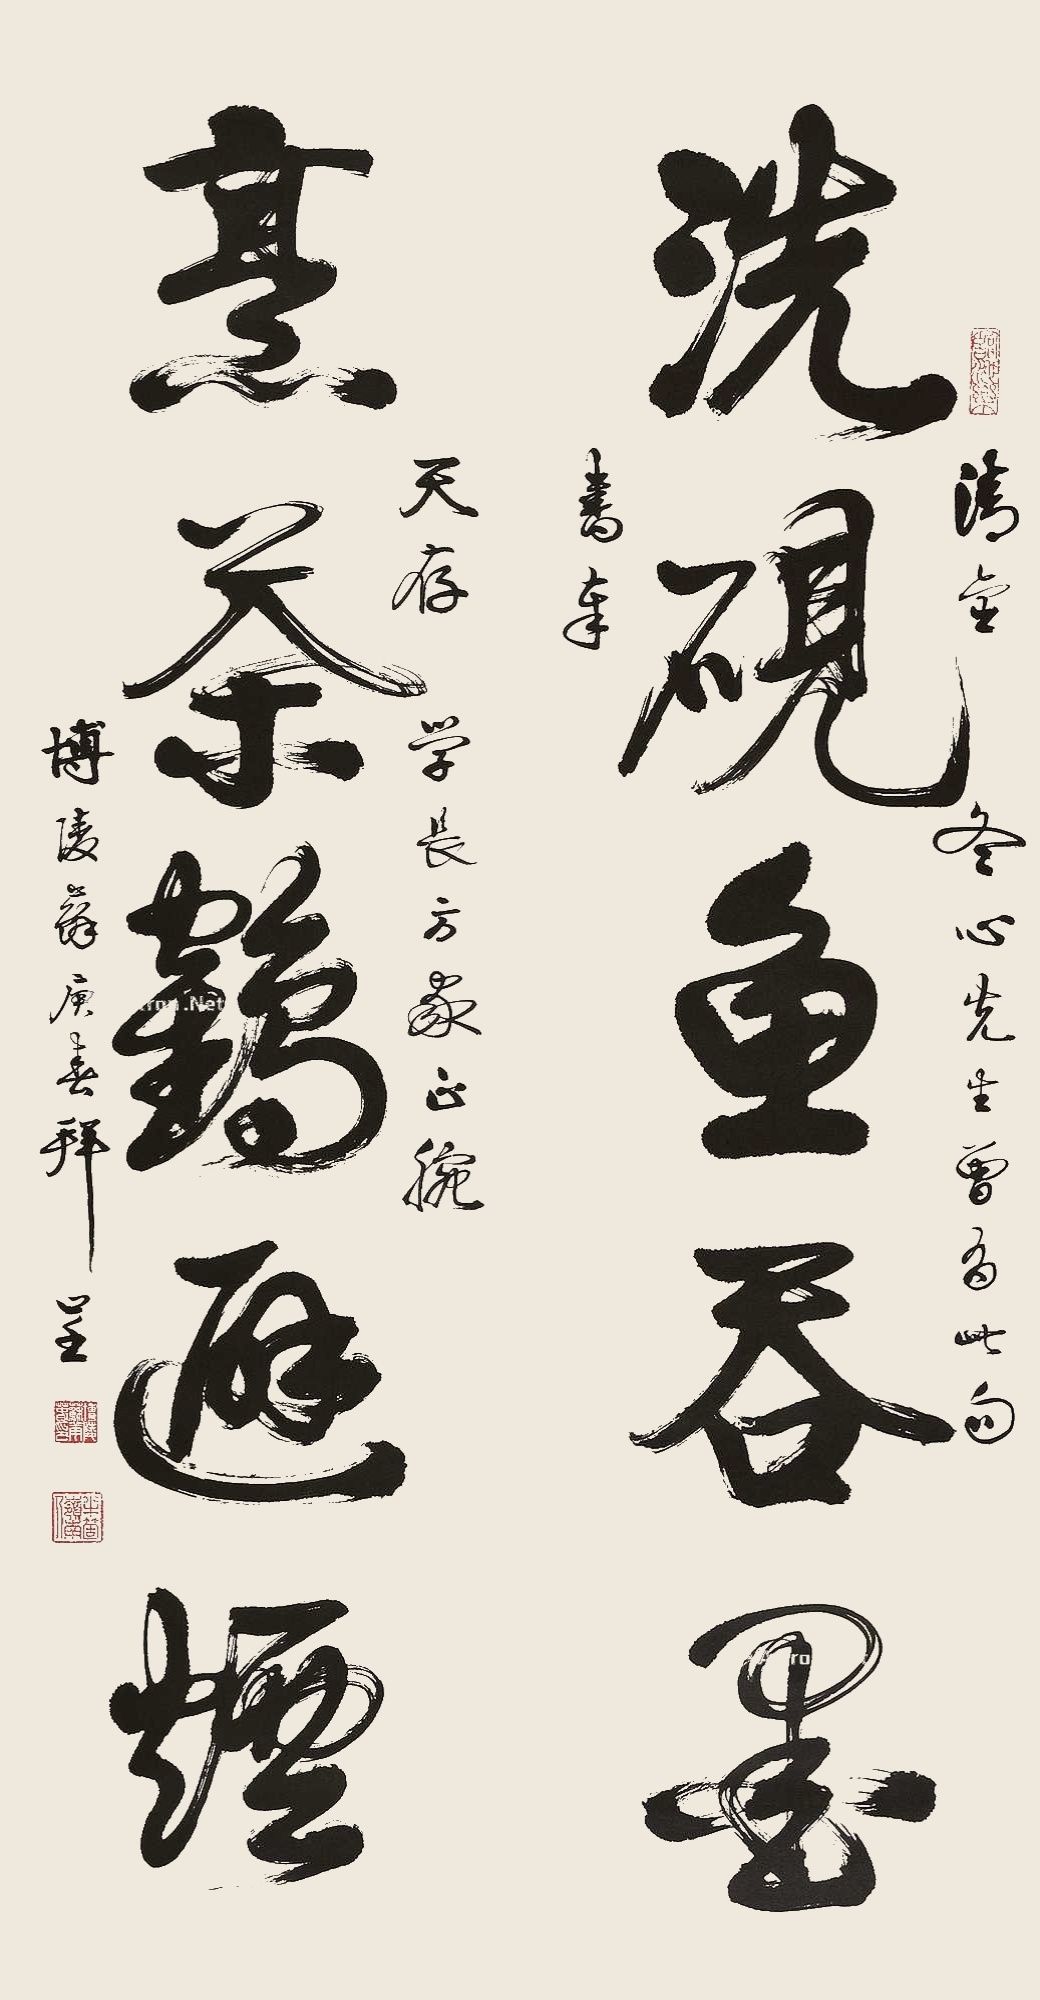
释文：洗砚鱼吞墨，烹茶鹤避烟。清金冬心先生曾有此句书奉，天存学长方家正腕，博陵苏庚春拜呈。